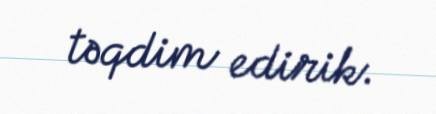
təqdim edirik.